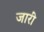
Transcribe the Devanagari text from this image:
जारीं